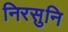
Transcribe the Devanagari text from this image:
निरसुनि